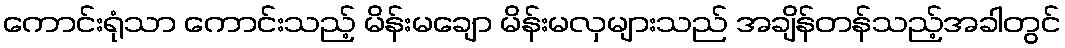
ကောင်းရုံသာ ကောင်းသည့် မိန်းမချော မိန်းမလှများသည် အချိန်တန်သည့်အခါတွင်